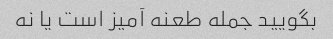
بگویید جمله طعنه آمیز است یا نه